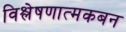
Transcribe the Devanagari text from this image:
विश्लेषणात्मकबन